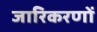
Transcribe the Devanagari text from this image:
जारिकरणों